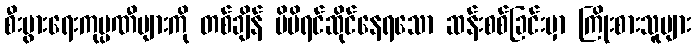
စီးပွားရေးကုမ္ပဏီများကို တစ်ချိန် မိမိရင်ဆိုင်နေရသော ဆန်းစစ်ခြင်းမှာ ကြိုးစားသူများ